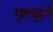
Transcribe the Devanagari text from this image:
गृहयुद्दने